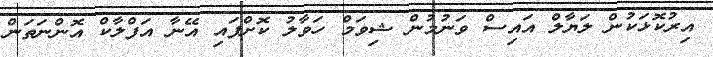
އިރުކޮޅަކުން ލަޔާލް އައިސް ވަނުމުން ޝިވަމް ހަވާލު ކޮށްފައި އޭނާ އަފްލާކް އޮންނަތަން